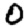
Digit: 0